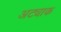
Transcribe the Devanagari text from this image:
अट्याक